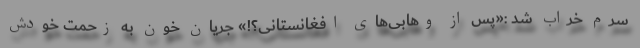
سرم خراب شد :«پس از وهابی‌های افغانستانی؟!» جریان خون به زحمت خودش